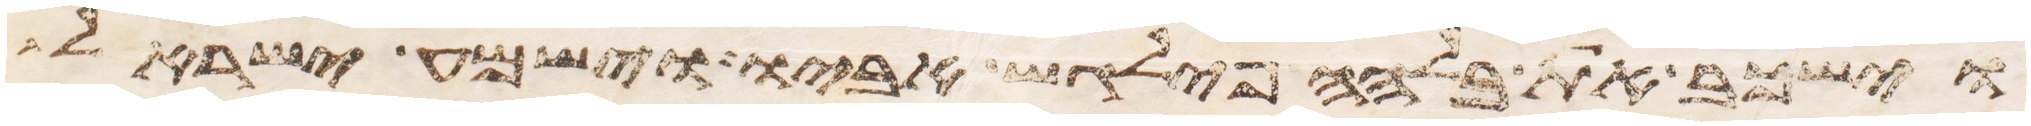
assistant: וישכב את בלהה פילגש אביו וישמע ישראל